Vaccination in the Punjab 1867-1880 - 1867-1880
Year: 1867
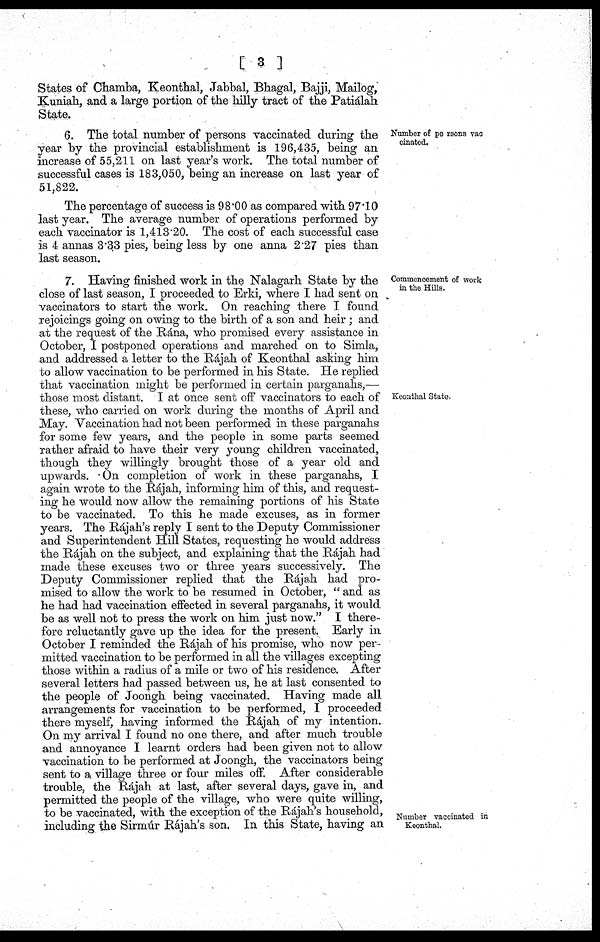
[ 3 ]
States of Chamba, Keonthal, Jabbal, Bhagal, Bajji, Mailog,
Kuniah, and a large portion of the hilly tract of the Patiálah
State.
Number of persons vac
cinated.
6. The total number of persons vaccinated during the
year by the provincial establishment is 196,435, being an
increase of 55,211 on last year's work. The total number of
successful cases is 183,050, being an increase on last year of
51,822.
The percentage of success is 98.00 as compared with 97.10
last year. The average number of operations performed by
each vaccinator is 1,413.20. The cost of each successful case
is 4 annas 3.33 pies, being less by one anna 2.27 pies than
last season.
Commencement of work
in the Hills.
Keonthal State,
Number vaccinated in
Keonthal.
7. Having finished work in the Nalagarh State by the
close of last season, I proceeded to Erki, where I had sent on
vaccinators to start the work. On reaching there I found
rejoicings going on owing to the birth of a son and heir ; and
at the request of the Rána, who promised every assistance in
October, I postponed operations and marched on to Simla,
and addressed a letter to the Rájah of Keonthal asking him
to allow vaccination to be performed in his State. He replied
that vaccination might be performed in certain parganahs,—
those most distant. I at once sent off vaccinators to each of
these, who carried on work during the months of April and
May. Vaccination had not been performed in these parganahs
for some few years, and the people in some parts seemed
rather afraid to have their very young children vaccinated,
though they willingly brought those of a year old and
upwards. On completion of work in these parganahs, I
again wrote to the Rájah, informing him of this, and request-
ing he would now allow the remaining portions of his State
to be vaccinated. To this he made excuses, as in former
years. The Rájah's reply I sent to the Deputy Commissioner
and Superintendent Hill States, requesting he would address
the Rájah on the subject, and explaining that the Rájah had
made these excuses two or three years successively. The
Deputy Commissioner replied that the Rájah had pro-
mised to allow the work to be resumed in October, " and as
he had had vaccination effected in several parganahs, it would
be as well not to press the work on him just now." I there-
fore reluctantly gave up the idea for the present. Early in
October I reminded the Rájah of his promise, who now per-
mitted vaccination to be performed in all the villages excepting
those within a radius of a mile or two of his residence. After
several letters had passed between us, he at last consented to
the people of Joongh being vaccinated. Having made all
arrangements for vaccination to be performed, I proceeded
there myself, having informed the Rájah of my intention.
On my arrival I found no one there, and after much trouble
and annoyance I learnt orders had been given not to allow
vaccination to be performed at Joongh, the vaccinators being
sent to a village three or four miles off. After considerable
trouble, the Rájah at last, after several days, gave in, and
permitted the people of the village, who were quite willing,
to be vaccinated, with the exception of the Rájah's household,
including the Sirmúr Rájah's son. In this State, having an